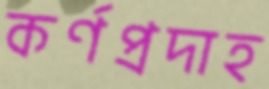
কর্ণপ্রদাহ